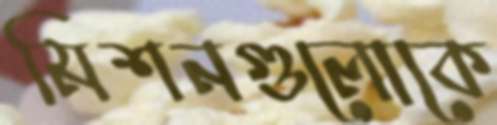
মিশনগুলোকে